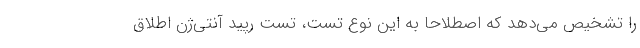
را تشخیص می‌دهد که اصطلاحا به این نوع تست، تست رپید آنتی‌ژن اطلاق